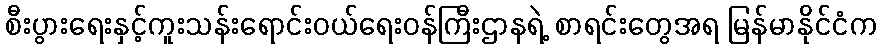
စီးပွားရေးနှင့်ကူးသန်းရောင်းဝယ်ရေးဝန်ကြီးဌာနရဲ့ စာရင်းတွေအရ မြန်မာနိုင်ငံက